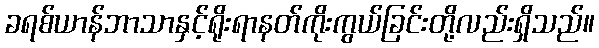
ခရစ်ယာန်ဘာသာနှင့်ရိုးရာနတ်ကိုးကွယ်ခြင်းတို့လည်းရှိသည်။